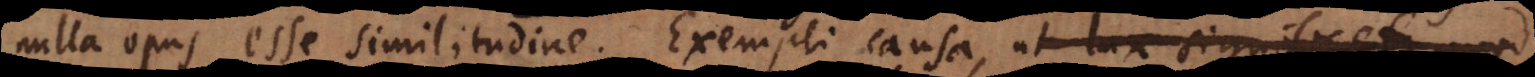
nulla opus esse similitudine. Exempli causa, ut lux significet